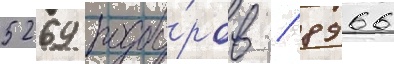
5269 подбо́ров / 8966